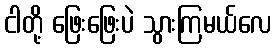
ငါတို့ ဖြေးဖြေးပဲ သွားကြမယ်လေ